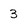
Character: 3